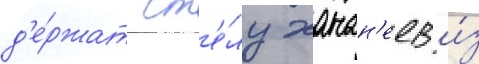
д'е́ржат ст'е́лу ханан'еев и́з